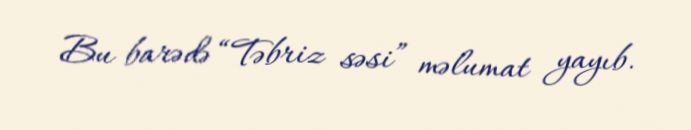
Bu barədə “Təbriz səsi” məlumat yayıb.